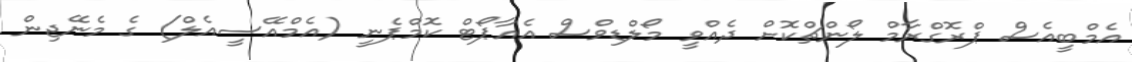
އެމްބީއެސް ޕްރޮގްރާމް ލޯންޗްކޮށް ދެއްވީ މޯލްޑިވްސް އެއާޕޯޓް ކޮމްޕެނީ (އެމްއޭސީއެލް) ގެ މެނޭޖިން